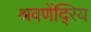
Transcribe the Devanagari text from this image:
श्रवणेंदि्रय